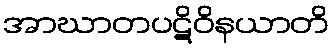
အာဃာတပဋိဝိနယာတိ